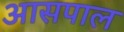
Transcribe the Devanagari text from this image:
आसपाल